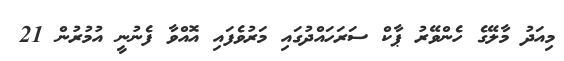
މިއަދު މާލޭގެ ހެންވޭރު ޕާކް ސަރަހައްދުގައި މަރުވެފައި އޮއްވާ ފެނުނީ އުމުރުން 21